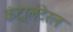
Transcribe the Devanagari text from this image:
कंट्रालेटेरल